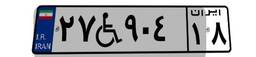
۵۷W۳۸۷۹۸